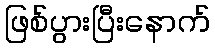
ဖြစ်ပွားပြီးနောက်